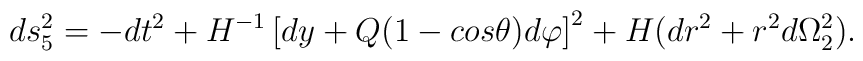
ds^2_5=-dt^2+H^{-1}\left[ dy+Q(1-cos\theta) d\varphi\right]^2+H(dr^2+r^2d\Omega_2^2).